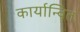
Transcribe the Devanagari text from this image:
कार्यान्‍वित